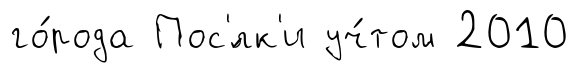
го́рода Пос'́лк'и уч́том 2010